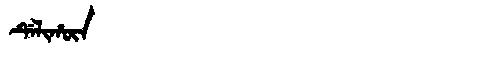
Manchu: ᡩᡝᠯᡳᡥᡡᠨ
Romanization: DELIHŪN